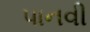
પાનવી